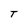
Character: T